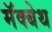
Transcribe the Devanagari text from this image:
मॅक्बेथ